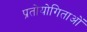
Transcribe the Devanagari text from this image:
प्रतोयोगिताओं